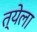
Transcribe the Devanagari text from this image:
त्येला